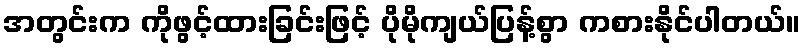
အတွင်းက ကိုဖွင့်ထားခြင်းဖြင့် ပိုမိုကျယ်ပြန့်စွာ ကစားနိုင်ပါတယ်။